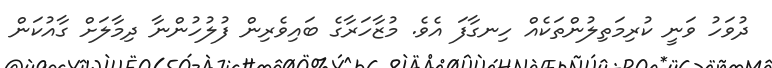
ދުވަހު ވަނީ ކުރިމަތިލުންތަކެއް ހިނގާފަ އެވެ. މުޒާހަރާގެ ބައިވެރިން ފުލުހުންނާ ދިމާލަށް ގާއުކަން